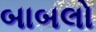
બાબલો